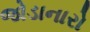
જોડાનારો